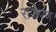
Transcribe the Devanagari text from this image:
राजेपण